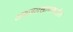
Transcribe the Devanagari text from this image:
अफजलखानाकडील